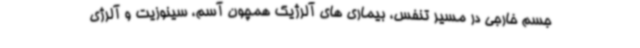
جسم خارجی در مسیر تنفس، بیماری های آلرژیک همچون آسم، سینوزیت و آلرژی